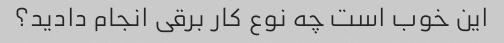
این خوب است چه نوع کار برقی انجام دادید؟